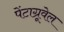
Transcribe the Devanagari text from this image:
पेंटाग्रूवेल